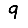
Digit: 9